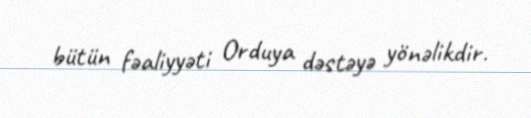
bütün fəaliyyəti Orduya dəstəyə yönəlikdir.